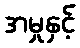
အမှုနှင့်